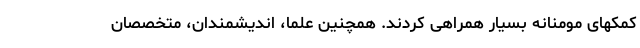
کمکهای مومنانه بسیار همراهی کردند. همچنین علما، اندیشمندان، متخصصان